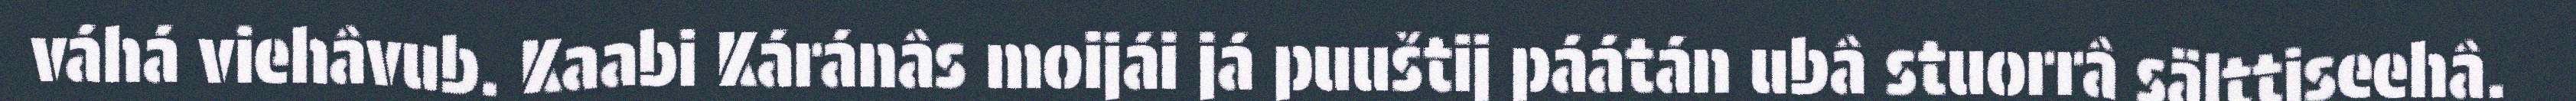
váhá viehâvub. Kaabi Káránâs moijái já puuštij páátán ubâ stuorrâ sälttiseehâ.